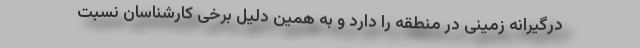
درگیرانه زمینی در منطقه را دارد و به همین دلیل برخی کارشناسان نسبت